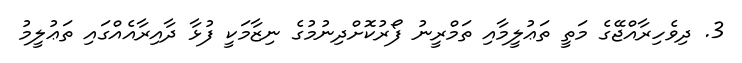
3. ދިވެހިރާއްޖޭގެ މަތީ ތަޢުލީމާއި ތަމްރީނު ފޯރުކޮށްދިނުމުގެ ނިޒާމަކީ ފުޅާ ދާއިރާއެއްގައި ތަޢުލީމު